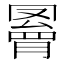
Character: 𦌄